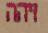
זיהה